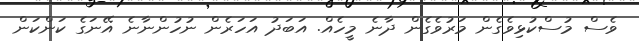
ވެސް މުސްކުޅިވެގެން މަރުވެގެން ދާނެ މީހެއް. އަބަދު އަހަރެން ނުހުންނާނެ އޭނަގެ ކަންކަން